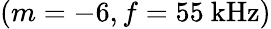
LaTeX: (m=-6,f=55\mathrm{~kHz})